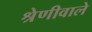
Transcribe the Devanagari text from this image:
श्रेणीवाले